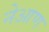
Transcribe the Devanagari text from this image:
नेआण